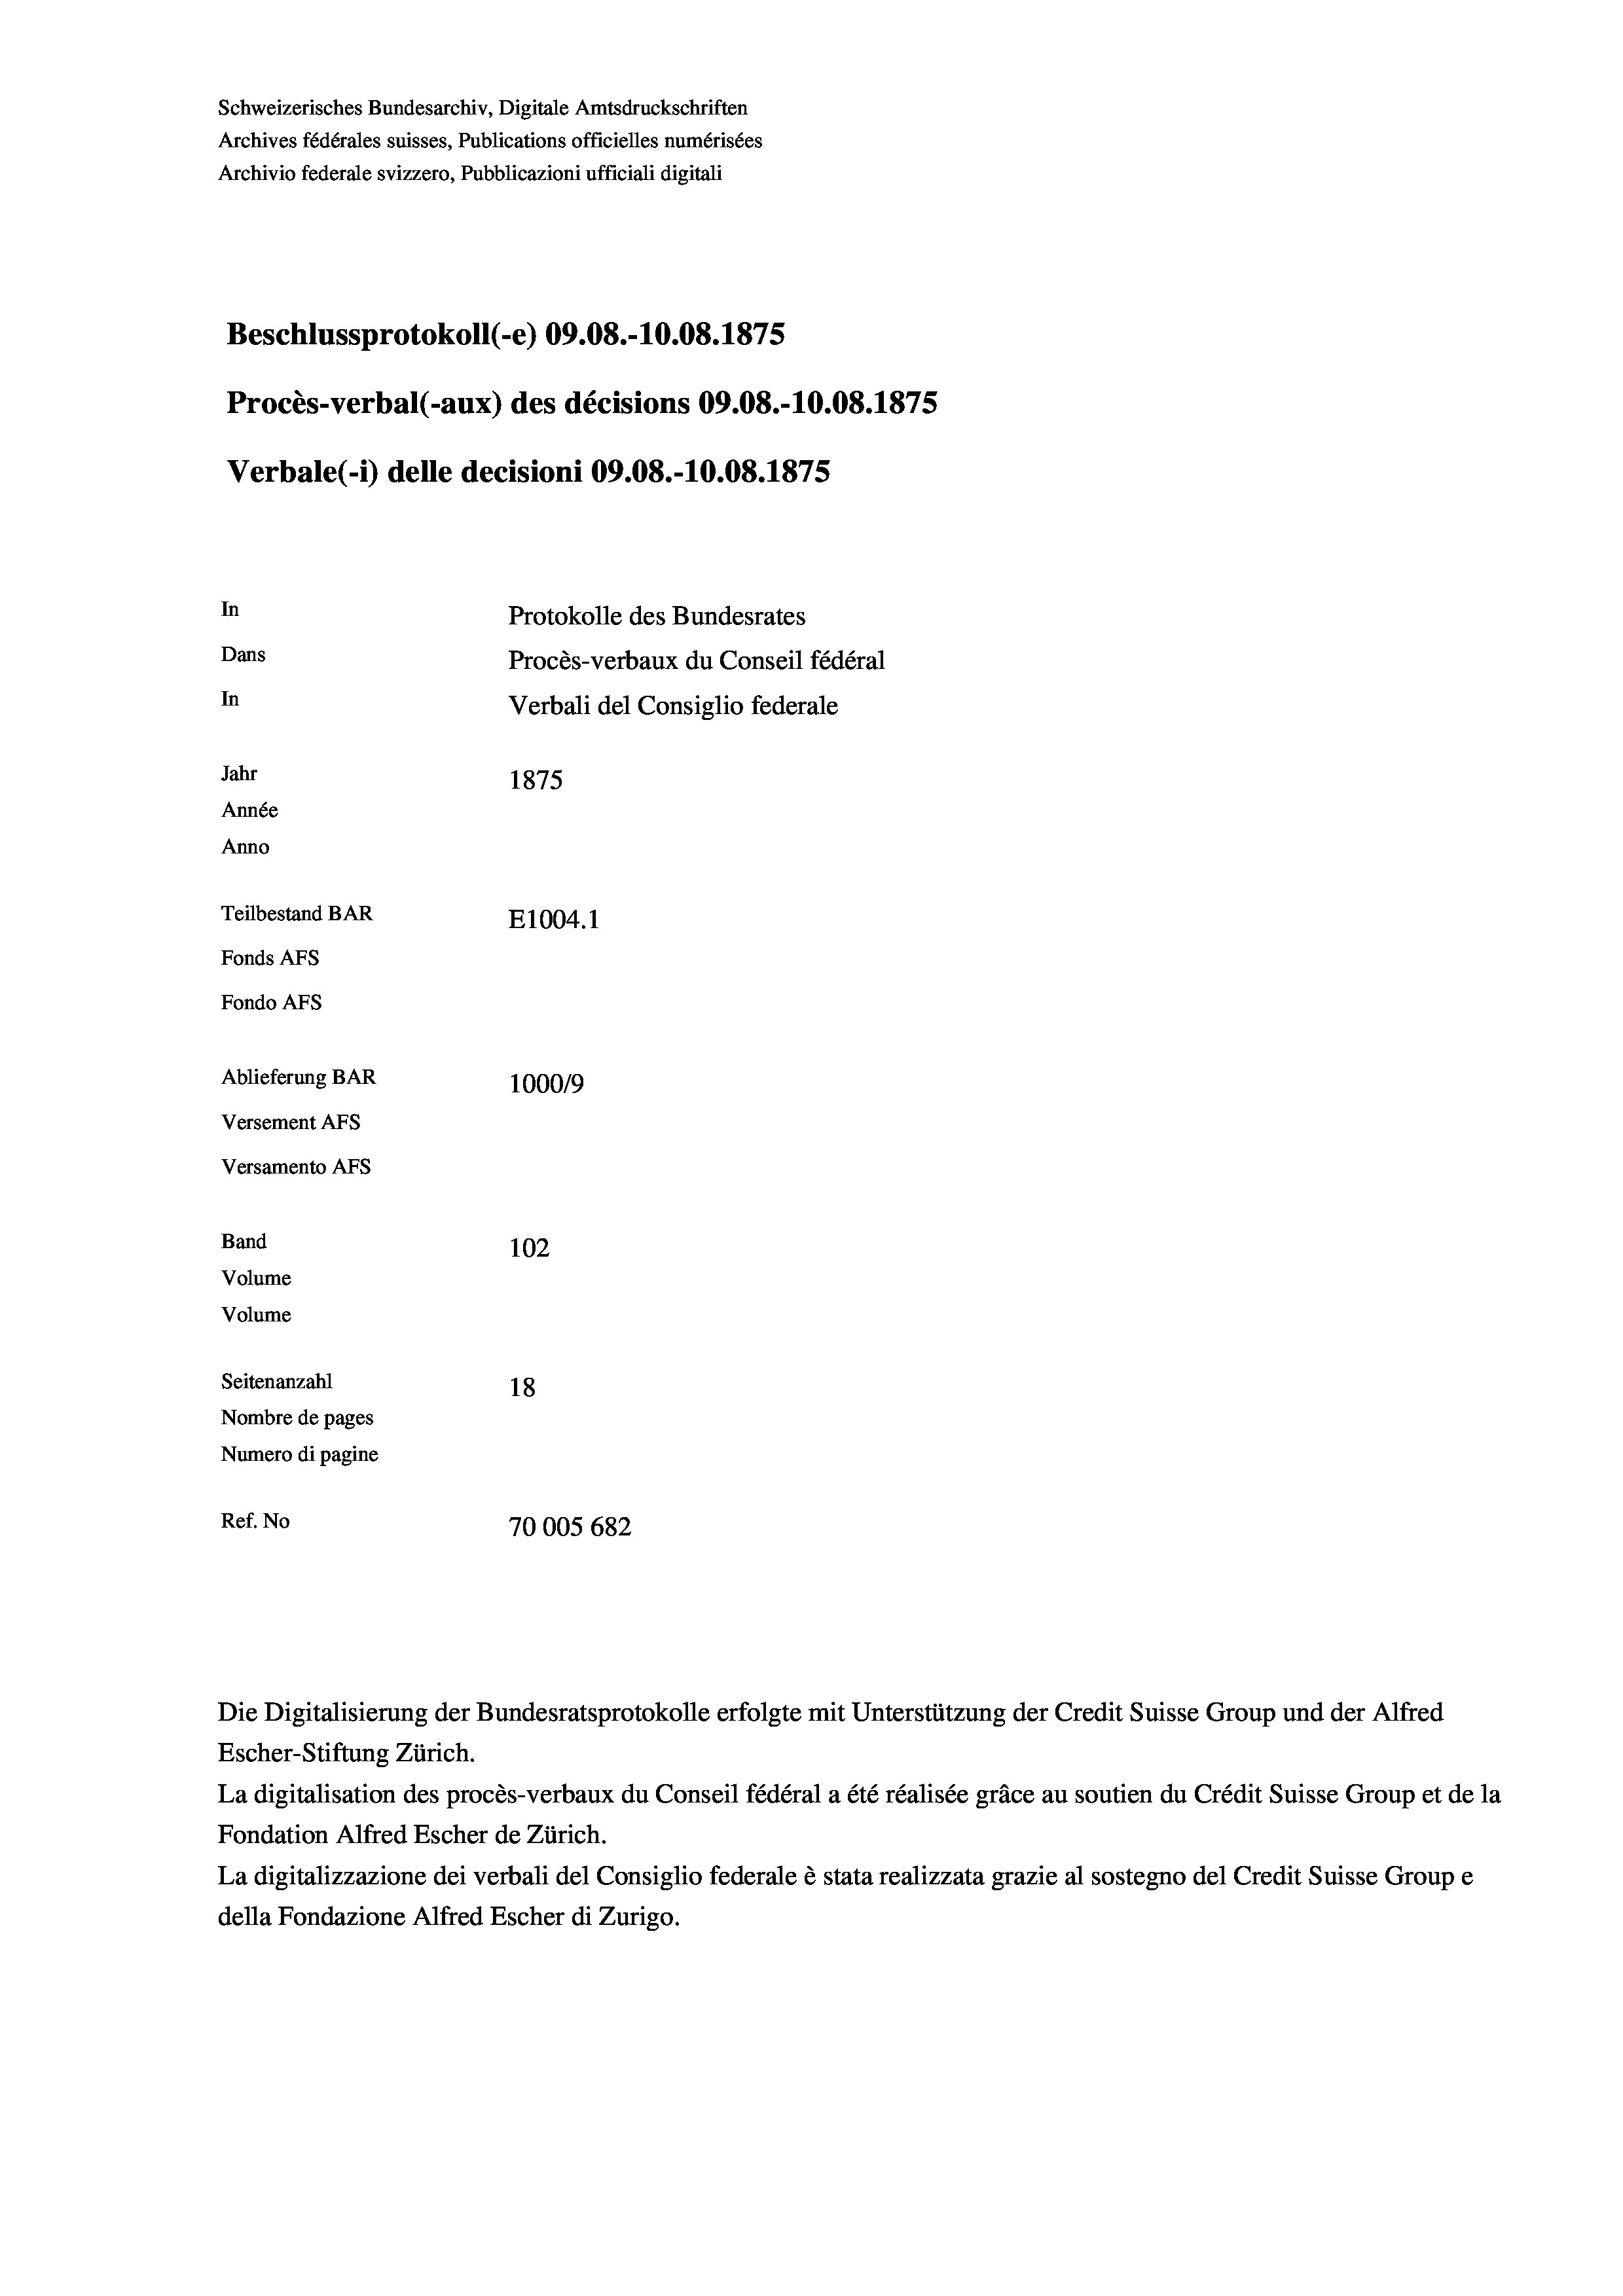
Schweizerisches Bundesarchiv, Digitale Amtsdruckschriften
Archives fédérales suisses, Publications officielles numérisées
Archivio federale svizzero, Pubblicazioni ufficiali digitali
Beschlussprotokoll (-e) 09.08.-10.08. 1875
Procès-verbal (-aux) des décisions 09.08.-10.08. 1875
Verbale(-*) delle decisioni 09.08.-10.08. 1875
In
Protokolle des Bundesrates
Dans
Procès-verbaux du Conseil fédéral
In
Verbali del Consiglio federale
Jahr
1875
Année
Anno
Teilbestand BAR
E1004.1
Fonds AFs
Fondo Afs
Ablieferung BAR
100019
Versement AFs
Versamento Afs

102
Seitenanzahl
18
Nombre de pages
Numero di pagine
Ref. No
70005 682

Band
Volume
Volume

Die Digitalisierung der Bundesratsprotokolle erfolgte mit Unterstützung der Credit Suisse Group und der Alfred
Escher-Stiftung Zürich.
La digitalisation des procès-verbaux du Conseil fédéral a été réalisée gräce au soutien du Crédit Suisse Group et de la
Fondation Alfred Escher de Zürich.
La digitalizzazione dei verbali del Consiglio federale è stata realizzata grazie al sostegno del Credit Suisse Groupe
della Fondazione Alfred Escher di Zurigo.